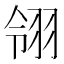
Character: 翎